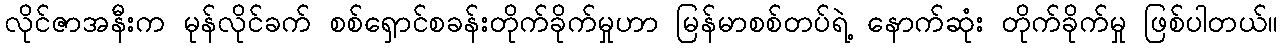
လိုင်ဇာအနီးက မုန်လိုင်ခက် စစ်ရှောင်စခန်းတိုက်ခိုက်မှုဟာ မြန်မာစစ်တပ်ရဲ့ နောက်ဆုံး တိုက်ခိုက်မှု ဖြစ်ပါတယ်။